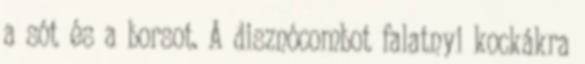
a sót és a borsot. A disznócombot falatnyi kockákra